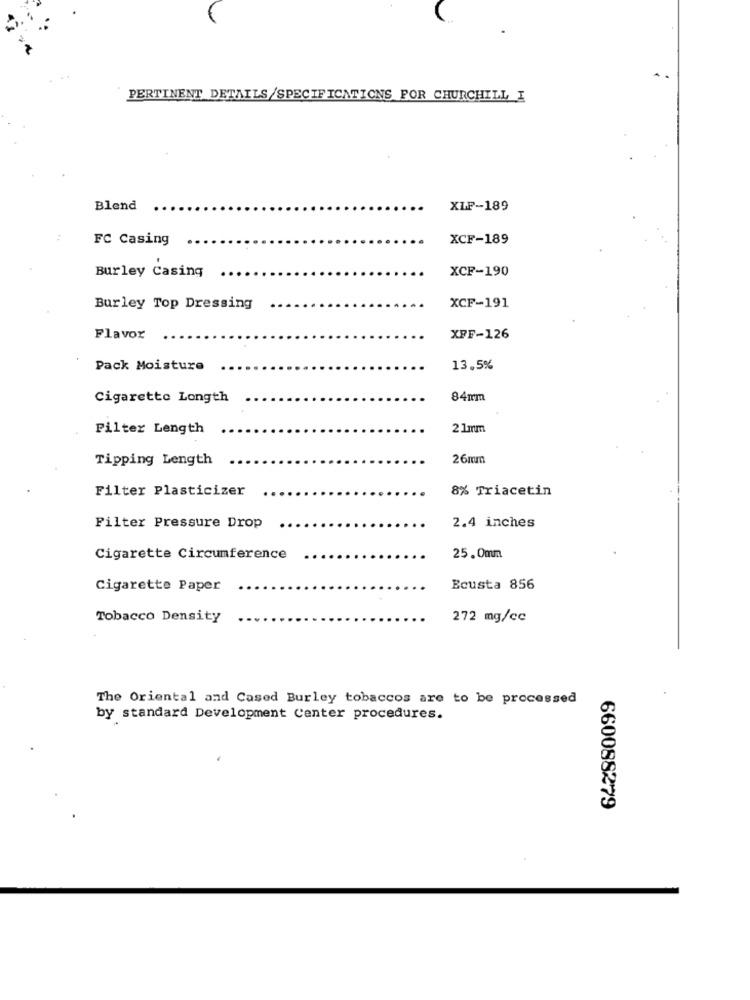
PERTINENT DETAILS/SPECIFICATIONS FOR CHURCHILL I
Blend
XLF-189
FC Casing
XCF-189
XCF-190
Burley Casing
Burley Top Dressing
XCF-191
Flavor
XFF-126
Pack Moisture
13.5%
Cigarette Longth
84mm
Filter Length
2 1mm
Tipping Length
26mm
Filter Plasticizer
8% Triacetin
Filter Pressure Drop
2.4 inches
Cigarette Circumference
25.0mm
Cigarette Paper
Ecusta 856
Tobacco Density
272 mg/cc
The Oriental and Cased Burley tobaccos are to be processed
by standard Development Center procedures.
660088279